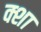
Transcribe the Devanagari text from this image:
क्शा